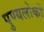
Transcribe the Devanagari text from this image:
पुण्यलोकों